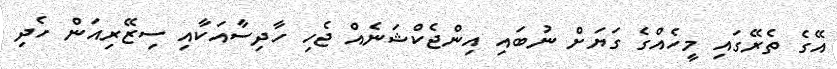
އޭގެ ތެރޭގައި މީހެއްގެ ގަޔަށް ނުބައި އިންޖެކްޝަނެއް ޖެހި ހާދިސާއަކާއި ސިޒޭރިއަން ހެދި